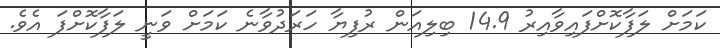
ކަމަށް ލަފާކޮށްފައިވާއިރު 14.9 ބިލިއަން ރުފިޔާ ހަރަދުވާނެ ކަމަށް ވަނީ ލަފާކޮށްފަ އެވެ.